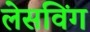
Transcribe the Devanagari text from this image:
लेसविंग